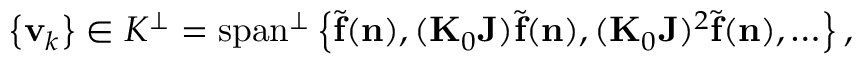
\begin{array} { r } { \left\{ { \bf v } _ { k } \right\} \in { \cal K } ^ { \perp } = \mathrm { s p a n } ^ { \perp } \left\{ { \widetilde { \bf f } } ( { \bf n } ) , ( { \bf K } _ { 0 } { \bf J } ) { \widetilde { \bf f } } ( { \bf n } ) , ( { \bf K } _ { 0 } { \bf J } ) ^ { 2 } { \widetilde { \bf f } } ( { \bf n } ) , \ldots \right\} , } \end{array}